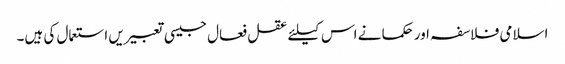
اسلامی فلاسفہ اور حکما نے اس کیلئے عقل فعال جیسی تعبیریں استعمال کی ہیں۔